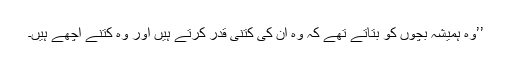
’’وہ ہمیشہ بچوں کو بتاتے تھے کہ وہ ان کی کتنی قدر کرتے ہیں اور وہ کتنے اچھے ہیں۔